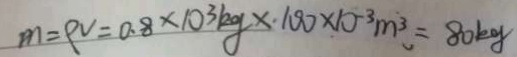
m = \rho v = 0 . 8 \times 1 0 ^ { 3 } k g \times 1 0 0 \times 1 0 ^ { - 3 } m ^ { 3 } = 8 0 k g